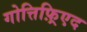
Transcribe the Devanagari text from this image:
गोत्तिफ़्रिएद